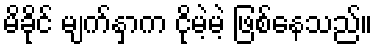
မိခိုင် မျက်နှာက ငိုမဲ့မဲ့ ဖြစ်နေသည်။